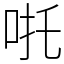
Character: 𠱹